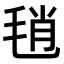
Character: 𣭱